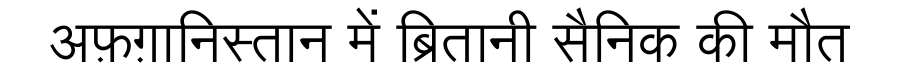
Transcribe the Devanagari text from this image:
अफ़ग़ानिस्तान में ब्रितानी सैनिक की मौत